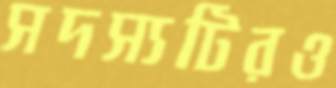
সদস্যটিরও